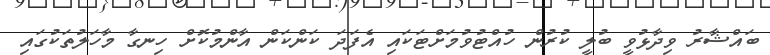
ބައްޝާރު ވިދާޅުވީ ބުލީ ކުރުން ހުއްޓުވުމަށްޓަކައި އެފަދަ ކަންކަން އާންމުކޮށް ހިނގާ މާހަލުތަކުގައި